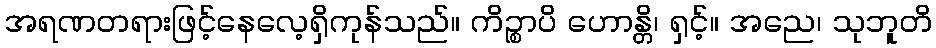
အရဏတရားဖြင့်နေလေ့ရှိကုန်သည်။ ကိဉ္စာပိ ဟောန္တိ၊ ရှင့်။ အညေ၊ သုဘူတိ